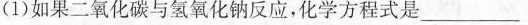
(1)如果二氧化碳与氢氧化钠反应，化学方程式是___